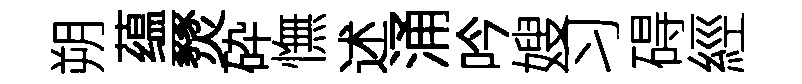
朔蕴燹砕憮述涌吟嫂习碍經